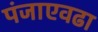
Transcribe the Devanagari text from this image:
पंजाएवढा